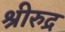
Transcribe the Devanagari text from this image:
श्रीरुद्र